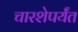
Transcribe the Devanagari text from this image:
चारशेपर्यंत